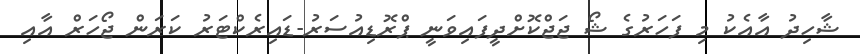
ޝާހިދު އާއެކު މި ފަހަރުގެ ޝޯ ޖަޖްކޮށްދީފައިވަނީ ޕްރޮޑިއުސަރު-ޑައިރެކްޓަރު ކަރަން ޖޯހަރް އާއި